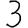
Digit: 3